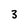
Character: 3